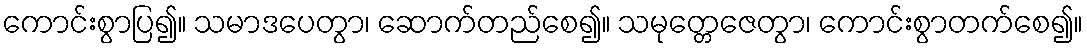
ကောင်းစွာပြ၍။ သမာဒပေတွာ၊ ဆောက်တည်စေ၍။ သမုတ္တေဇေတွာ၊ ကောင်းစွာတက်စေ၍။